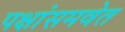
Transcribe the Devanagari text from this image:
पक्षांसमवेत